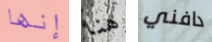
إنها هنا دافني